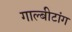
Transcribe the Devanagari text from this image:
गाल्बीटांग